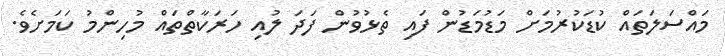
މައްސަލަތައް ކުޑަކުރުމަށް މަޑުމަޑުން ފައި ތެޅުވުން ފަދަ ލުއި ހަރަކާތްތައް މުހިންމު ކަމަށެވެ.